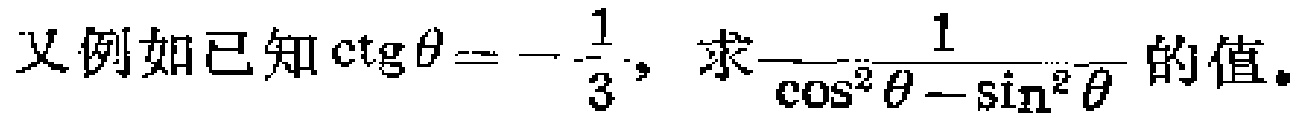
又例如已知\(\ctg\theta = -\frac{1}{3}\)，求\(\frac{1}{\cos^{2}\theta - \sin^{2}\theta}\)的值。